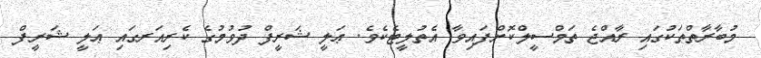
މުބާރާތްތަކުގައި ރާއްޖެ ތަމްސީލްކޮށްފައިވާ އެތުލީޓެކެވެ. ޢަލީ ޝަރީފް ދުވުމުގެ ކެރިއަރގައި ޢަލީ ޝަރީފް